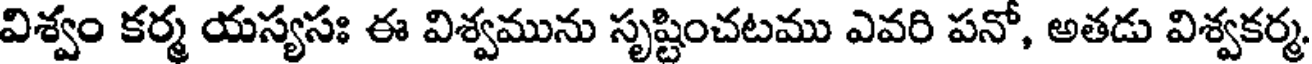
విశ్వం కర్మ యస్యసః ఈ విశ్వమును సృష్టించటము ఎవరి పనో, అతడు విశ్వకర్మ